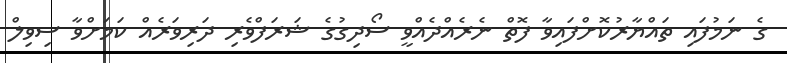
ގެ ނަމުފައި ތައްޔާރުކޮށްފައިވާ ފޮތް ނެރެއްދެއްވީ ސޯދިގުގެ ޝަރަފްވެރި ދަރިވަރެއް ކަމަށްވާ ސިވިލް